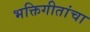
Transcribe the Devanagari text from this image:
भक्तिगीतांचा